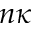
n \kappa